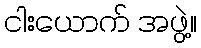
ငါးယောက် အဖွဲ့။